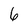
Character: 6